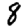
Digit: 8